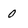
Character: 0